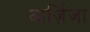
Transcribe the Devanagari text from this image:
आर्ज़िजा